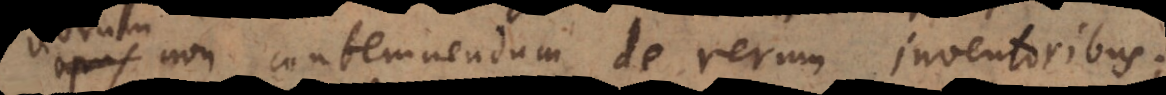
opus non contemnendum De rerum inventoribus;